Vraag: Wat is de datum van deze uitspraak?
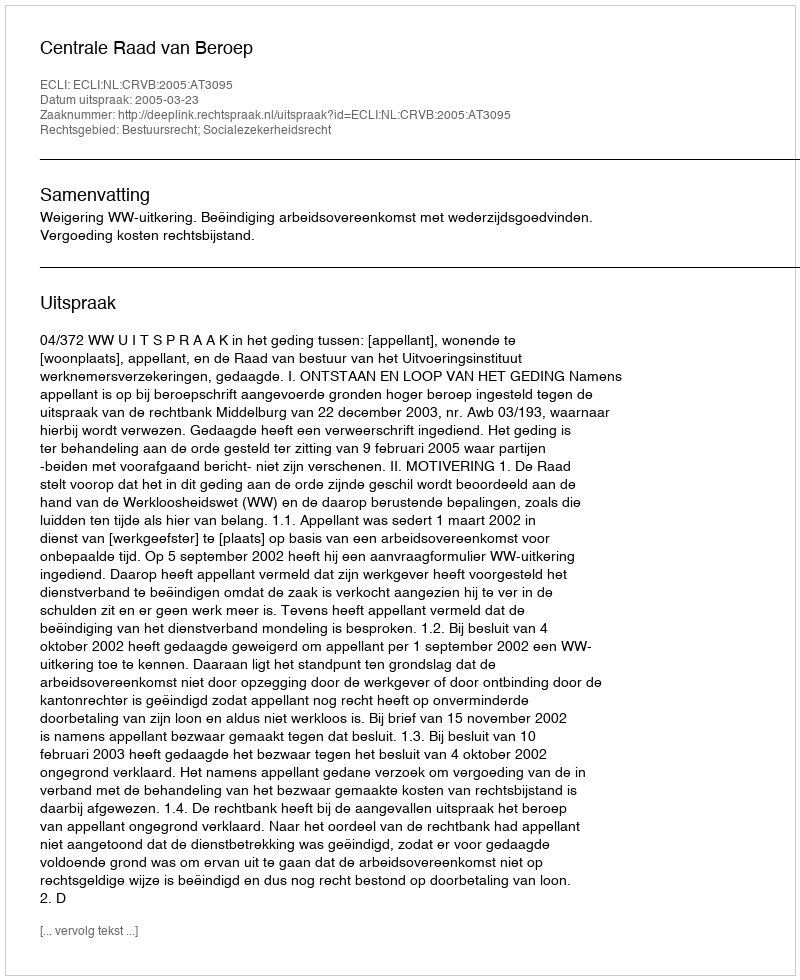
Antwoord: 2005-03-23